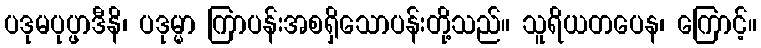
ပဒုမပုပ္ဖာဒီနိ၊ ပဒုမ္မာ ကြာပန်းအစရှိသောပန်းတို့သည်။ သူရိယတပေန၊ ကြောင့်။